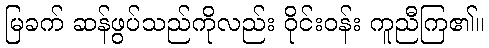
မြခက် ဆန်ဖွပ်သည်ကိုလည်း ဝိုင်းဝန်း ကူညီကြ၏။